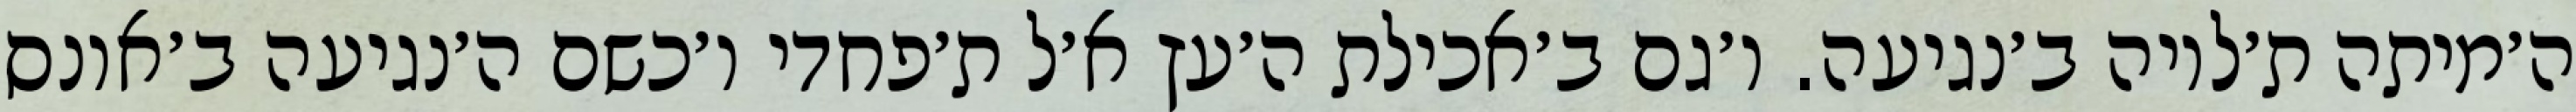
ה׳מיתה ת׳לויה ב׳נגיעה. ו׳גם ב׳אכילת ה׳עץ א׳ל ת׳פחדי ו׳כשם ה׳נגיעה ב׳אונס